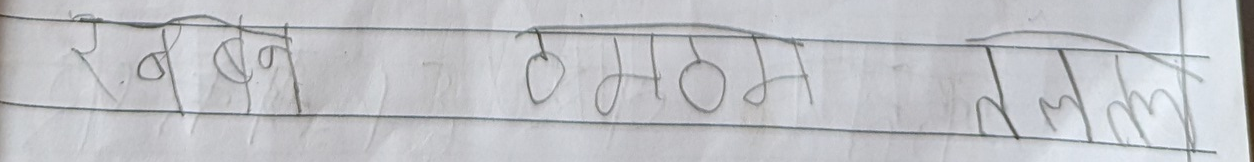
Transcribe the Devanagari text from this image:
रबन ठभठ ममल